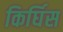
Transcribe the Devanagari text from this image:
किर्घिस